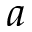
a